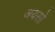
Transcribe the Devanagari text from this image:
अयसो